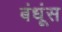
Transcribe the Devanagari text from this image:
बंधूंस